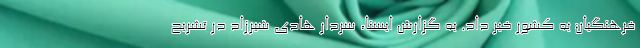
فرهنگیان به کشور خبر داد. به گزارش ایسنا، سردار هادی شیرزاد در تشریح